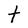
Character: t